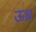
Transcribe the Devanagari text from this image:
ऊध्र